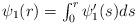
LaTeX: \begin{align*} \textstyle \psi_1(r)=\int_0^r\psi_{1}'(s)ds\end{align*}